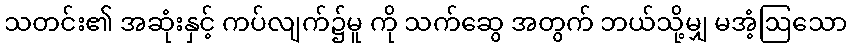
သတင်း၏ အဆုံးနှင့် ကပ်လျက်၌မူ ကို သက်ဆွေ အတွက် ဘယ်သို့မျှ မအံ့ဩသော